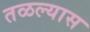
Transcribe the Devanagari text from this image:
तळल्यास